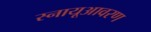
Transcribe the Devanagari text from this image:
स्नायूआवरण